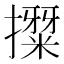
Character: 𭢳